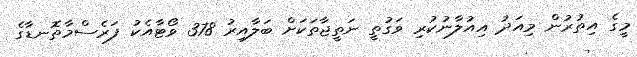
މީގެ އިތުރުން މިއަދު އިއުލާނުކުރި ވަގުތީ ނަތީޖާތަކަށް ބަލާއިރު 378 ވޯޓާއެކު ފަރެސްމާތޮނޑާގެ